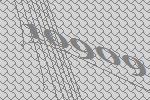
10909